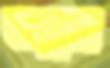
ভয়াল